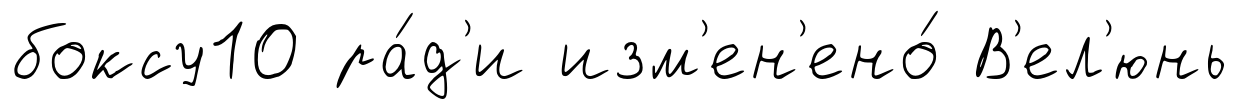
боксу10 ра́д'и изм'ен'ено́ В'ел'юнь